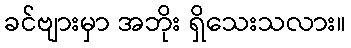
ခင်ဗျားမှာ အဘိုး ရှိသေးသလား။